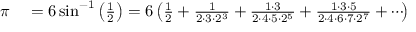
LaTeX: \begin{array} { r l } { \pi } & { { } = 6 \sin ^ { - 1 } \left( { \frac { 1 } { 2 } } \right) = 6 \left( { \frac { 1 } { 2 } } + { \frac { 1 } { 2 \cdot 3 \cdot 2 ^ { 3 } } } + { \frac { 1 \cdot 3 } { 2 \cdot 4 \cdot 5 \cdot 2 ^ { 5 } } } + { \frac { 1 \cdot 3 \cdot 5 } { 2 \cdot 4 \cdot 6 \cdot 7 \cdot 2 ^ { 7 } } } + \cdots \! \right) } \end{array}